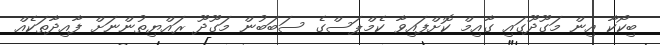
ބިކޯކާ އިން މަގޫދޫގައި ގާއިމް ކޮށްފައިވާ ކެމްޕަސްގެ ސަބަބުން މަގޫދޫ ރައްޔިތުންނަށް ފާއިދާތަކެއް